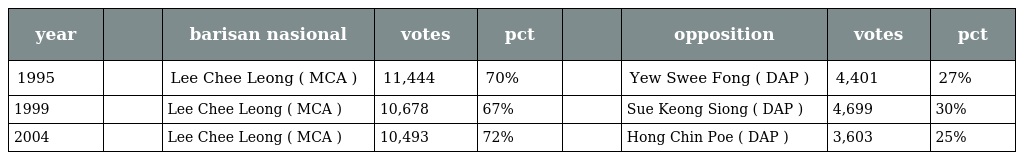
| year |  | barisan nasional | votes | pct |  | opposition | votes | pct |
 | --- | --- | --- | --- | --- | --- | --- | --- | --- |
 | 1995 |  | Lee Chee Leong ( MCA ) | 11,444 | 70% |  | Yew Swee Fong ( DAP ) | 4,401 | 27% |
 | 1999 |  | Lee Chee Leong ( MCA ) | 10,678 | 67% |  | Sue Keong Siong ( DAP ) | 4,699 | 30% |
 | 2004 |  | Lee Chee Leong ( MCA ) | 10,493 | 72% |  | Hong Chin Poe ( DAP ) | 3,603 | 25% |